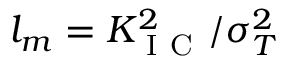
l _ { m } = K _ { \mathrm { ~ I ~ C ~ } } ^ { 2 } / \sigma _ { T } ^ { 2 }